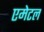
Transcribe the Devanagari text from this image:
एमेटल